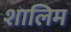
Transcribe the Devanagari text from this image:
शालिम